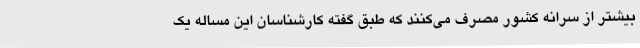
بیشتر از سرانه کشور مصرف می‌کنند که طبق گفته کارشناسان این مساله یک